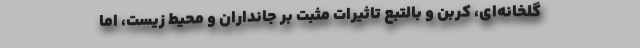
گلخانه‌ای، کربن و بالتبع تاثیرات مثبت بر جانداران و محیط زیست، اما